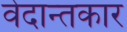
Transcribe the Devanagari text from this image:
वेदान्तकार